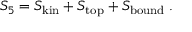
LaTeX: S _ { 5 } = S _ { \mathrm { k i n } } + S _ { \mathrm { t o p } } + S _ { \mathrm { b o u n d } } \; .